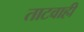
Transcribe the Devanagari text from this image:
ताटवाही